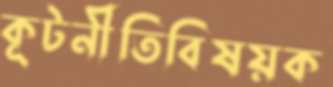
কূটনীতিবিষয়ক